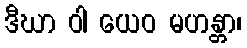
ဒီဃာ ဝါ ယေဝ မဟန္တာ၊